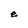
Character: e